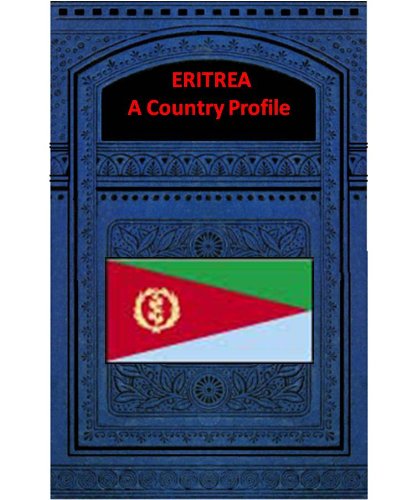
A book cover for ERITREA A COUNTRY PROFILE; Federal Research Division; Travel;